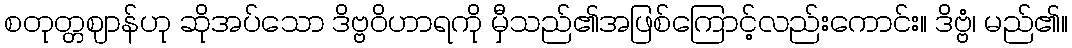
စတုတ္တဈာန်ဟု ဆိုအပ်သော ဒိဗ္ဗဝိဟာရကို မှီသည်၏အဖြစ်ကြောင့်လည်းကောင်း။ ဒိဗ္ဗံ၊ မည်၏။